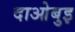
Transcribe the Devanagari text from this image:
दाओबुइ